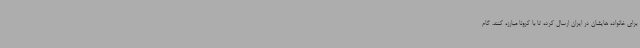
برای خانواده هایشان در ایران ارسال کرده تا با کرونا مبارزه کنند. گام